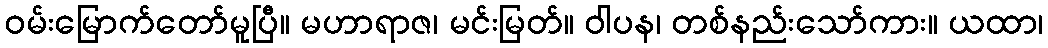
ဝမ်းမြောက်တော်မူပြီ။ မဟာရာဇ၊ မင်းမြတ်။ ဝါပန၊ တစ်နည်းသော်ကား။ ယထာ၊